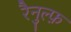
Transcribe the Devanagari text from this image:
रैनुल्फ़